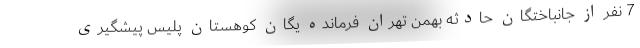
7 نفر از جانباختگان حادثه بهمن تهران فرمانده یگان کوهستان پلیس پیشگیری